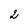
Character: 2